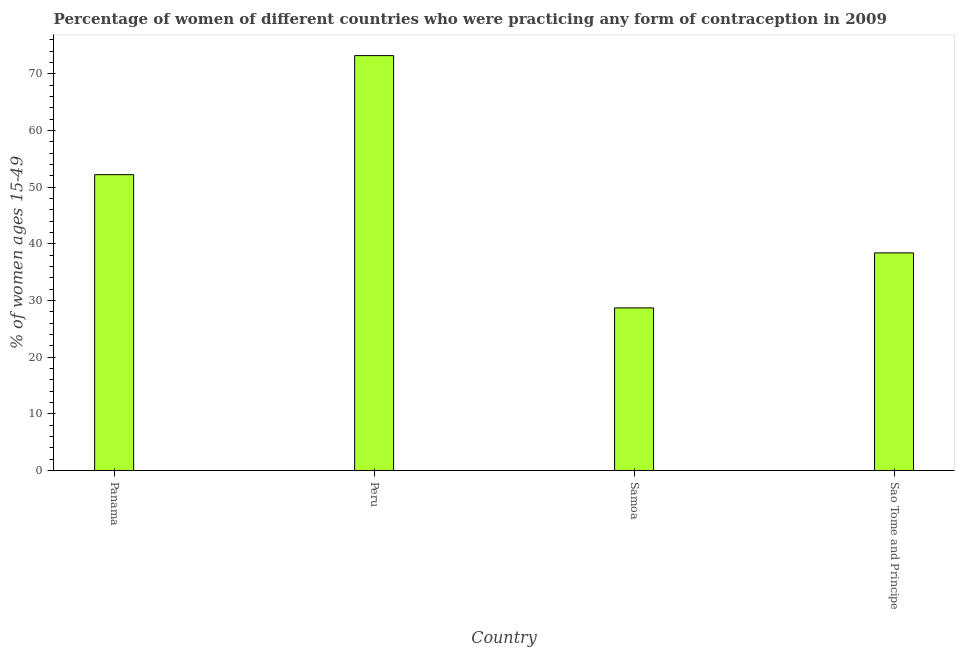
| Country | Contraceptive prevalence |
 | --- | --- |
 | Panama | 52.2 |
 | Peru | 73.2 |
 | Samoa | 28.7 |
 | Sao Tome and Principe | 38.4 |